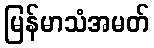
မြန်မာသံအမတ်